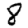
Digit: 8